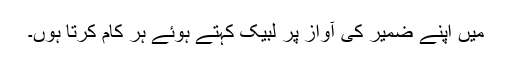
میں اپنے ضمیر کی آواز پر لبیک کہتے ہوئے ہر کام کرتا ہوں۔